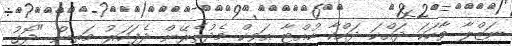
ނަޒްލާ ވާހަކަ ދައްކަ ދައްކާ ހުއްޓާ އަވިކް މެދުތެރޭން ދެފަހަރު މަތިން "ދޮގު